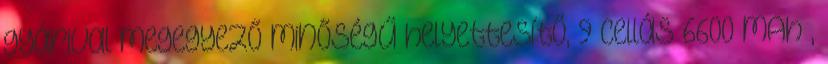
gyárival megegyező minőségű helyettesítő, 9 cellás 6600 mAh ,